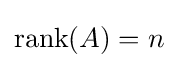
{\textrm {rank}}(A)=n